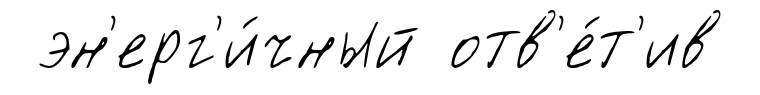
эн'ерг'и́чный отв'е́т'ив